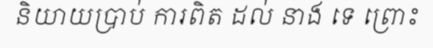
និយាយប្រាប់ ការពិត ដល់ នាង ទេ ព្រោះ